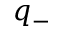
q _ { - }